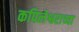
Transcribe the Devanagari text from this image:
कपिलेश्वराच्या